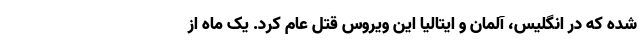
شده که در انگلیس، آلمان و ایتالیا این ویروس قتل عام کرد. یک ماه از